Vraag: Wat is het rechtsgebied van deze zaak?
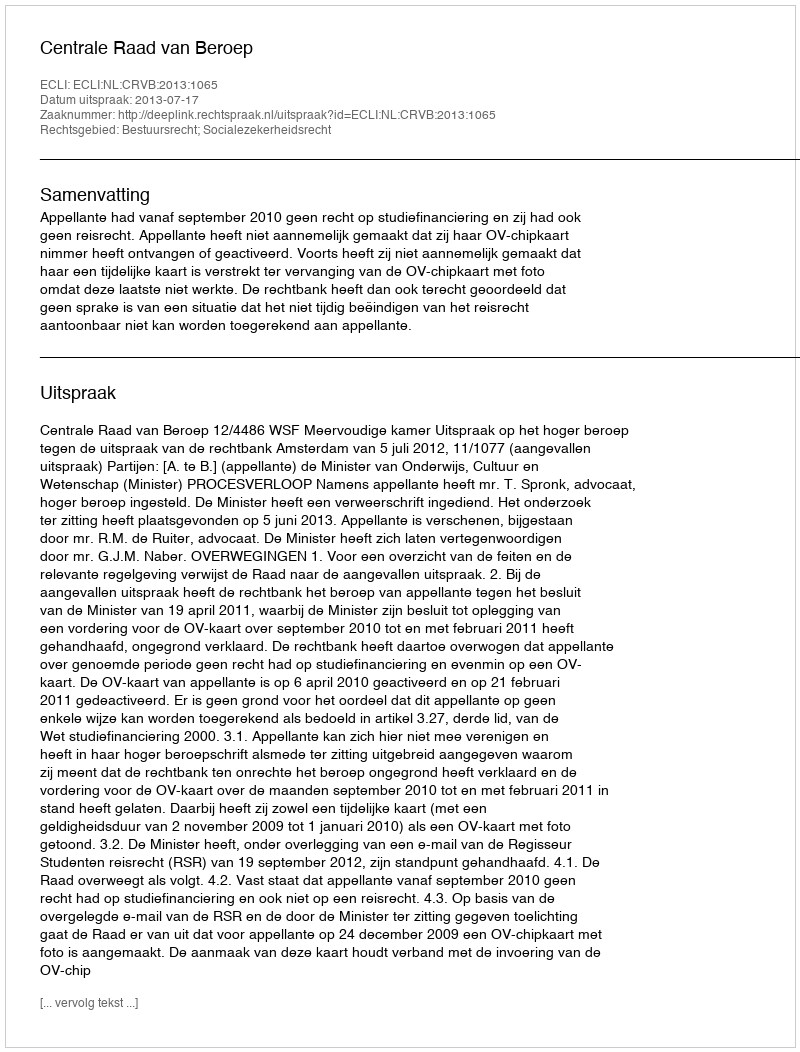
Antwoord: Bestuursrecht; Socialezekerheidsrecht